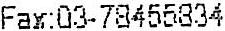
FAX:03-78455834